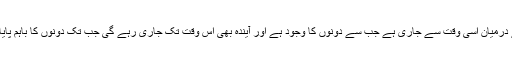
یہ کش مکش دونوں کے درمیان اسی وقت سے جاری ہے جب سے دونوں کا وجود ہے اور آیندہ بھی اس وقت تک جاری رہے گی جب تک دونوں کا باہم پایا جانا خدا کو منظور ہے۔